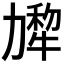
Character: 𰅗